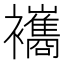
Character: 𧟃